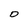
Character: D